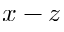
x - z